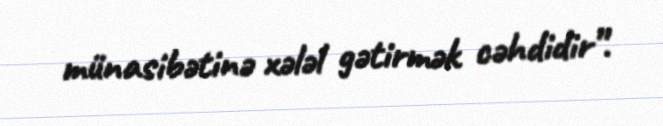
münasibətinə xələl gətirmək cəhdidir”.